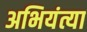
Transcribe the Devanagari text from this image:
अभियंत्या